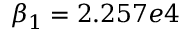
\beta _ { 1 } = 2 . 2 5 7 e 4